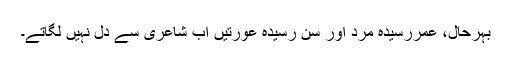
بہرحال، عمررسیدہ مرد اور سن رسیدہ عورتیں اب شاعری سے دل نہیں لگاتے۔